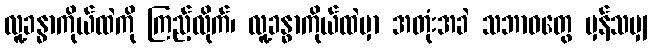
လူ့ခန္ဓာကိုယ်ထဲကို ကြည့်လိုက်၊ လူ့ခန္ဓာကိုယ်ထဲမှာ အတုံးအခဲ သဘာဝတွေ မှန်သမျှ